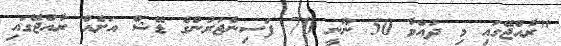
"ރާއްޖޭގައި މި ދުއްވާ 50 ނޫނީ 70 ފަސިންޖަރުންގެ ޑޭޝް އަށެއް ރާއްޖޭގައި